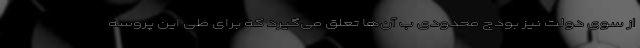
از سوی دولت نیز بودج محدودی ب آن‌ها تعلق می‌گیرد که برای طی این پروسه